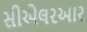
સીએલરઆર